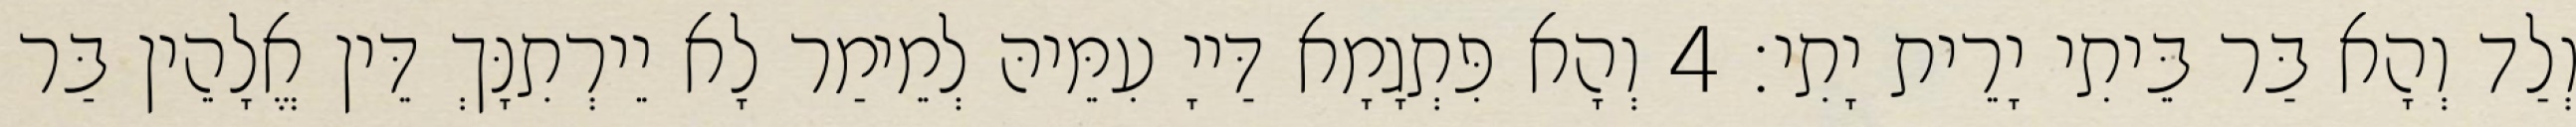
וְלַד וְהָא בַּר בֵּיתִי יָרֵית יָתִי׃ 4 וְהָא פִּתְגָמָא דַּייָ עִמֵּיהּ לְמֵימַר לָא יֵירְתִנָּךְ דֵּין אֱלָהֵין בַּר